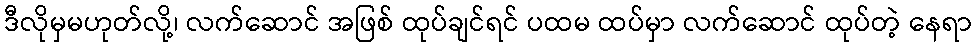
ဒီလိုမှမဟုတ်လို့၊ လက်ဆောင် အဖြစ် ထုပ်ချင်ရင် ပထမ ထပ်မှာ လက်ဆောင် ထုပ်တဲ့ နေရာ